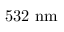
5 3 2 ~ \mathrm { n m }